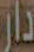
دار